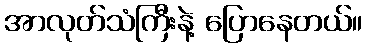
အာလုတ်သံကြီးနဲ့ ပြောနေတယ်။